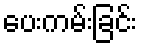
ပေးကမ်းခြင်း